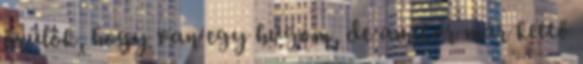
örülök, hogy van egy húgom, de amikor már kettő